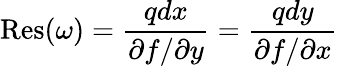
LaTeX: {\mathrm{Res}}(\omega)={\frac{qdx}{\partial f/\partial y}}={\frac{qdy}{\partial f/\partial x}}